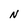
Character: N